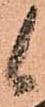
候